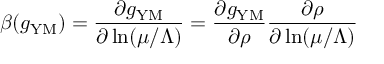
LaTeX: \beta ( g _ { \mathrm { Y M } } ) = \frac { \partial g _ { \mathrm { Y M } } } { \partial \ln ( \mu / \Lambda ) } = \frac { \partial g _ { \mathrm { Y M } } } { \partial \rho } \frac { \partial \rho } { \partial \ln ( \mu / \Lambda ) }